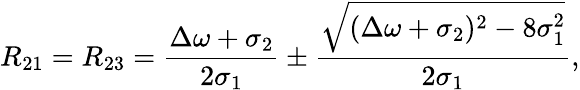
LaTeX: R_{21}=R_{23}=\frac{\Delta\omega+\sigma_{2}}{2\sigma_{1}}\pm\frac{\sqrt{(\Delta\omega+\sigma_{2})^{2}-8\sigma_{1}^{2}}}{2\sigma_{1}},